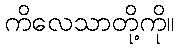
ကိလေသာတို့ကို။